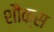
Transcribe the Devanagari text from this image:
शौक्स